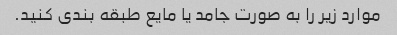
موارد زیر را به صورت جامد یا مایع طبقه بندی کنید.